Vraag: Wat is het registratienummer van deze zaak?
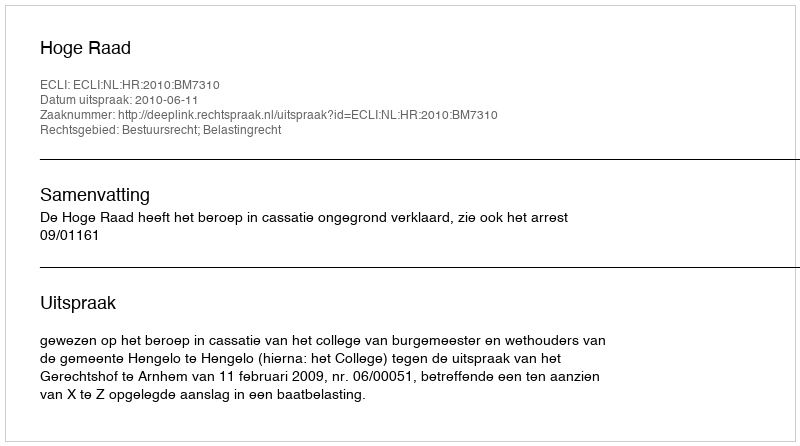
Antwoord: http://deeplink.rechtspraak.nl/uitspraak?id=ECLI:NL:HR:2010:BM7310